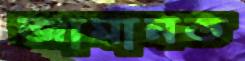
জামানত